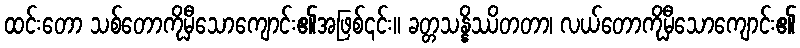
ထင်းတော သစ်တောကိုမှီသောကျောင်း၏အဖြစ်၎င်း။ ခတ္တသန္နိဿိတတာ၊ လယ်တောကိုမှီသောကျောင်း၏